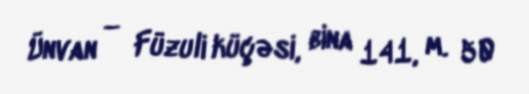
Ünvan — Füzuli küçəsi, bina 141, m. 50